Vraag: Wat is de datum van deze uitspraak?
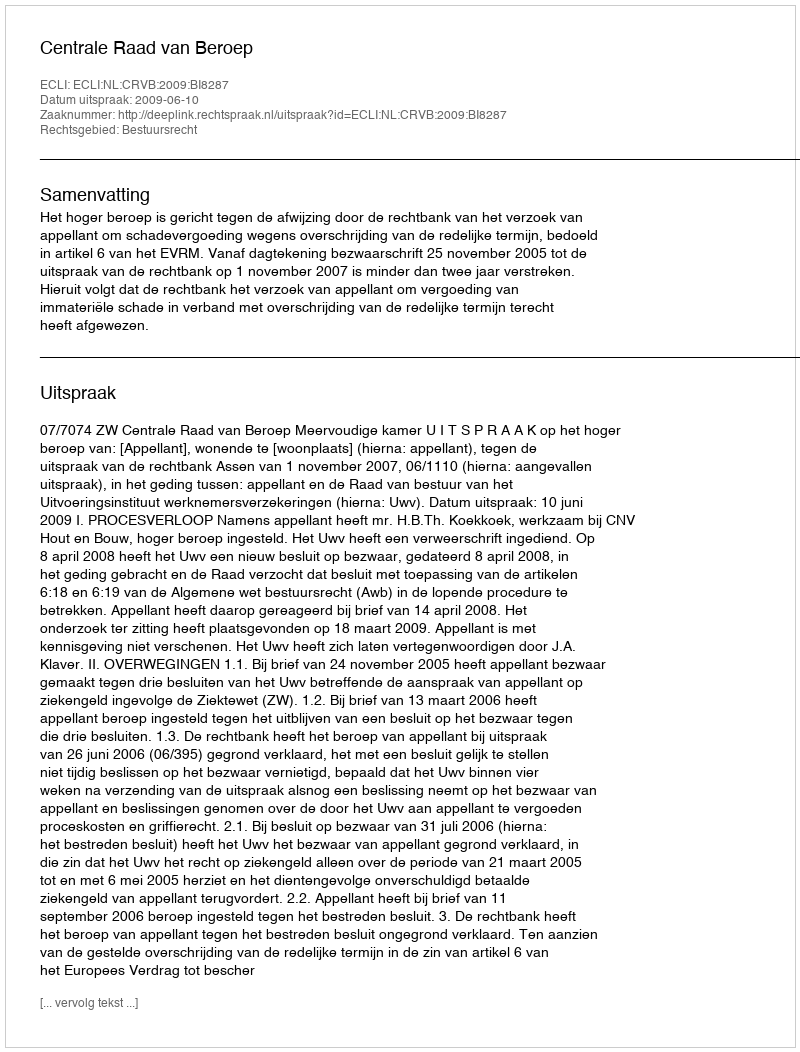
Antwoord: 2009-06-10